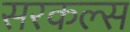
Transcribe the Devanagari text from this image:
सरकल्स